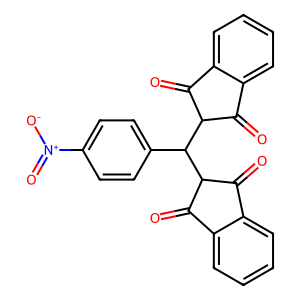
SMILES: O=C1c2ccccc2C(=O)C1C(c1ccc([N+](=O)[O-])cc1)C1C(=O)c2ccccc2C1=O
Inhibits HIV replication: No